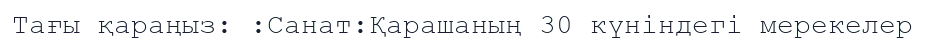
Тағы қараңыз: :Санат:Қарашаның 30 күніндегі мерекелер